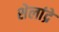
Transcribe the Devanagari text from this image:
शेलांद्रे